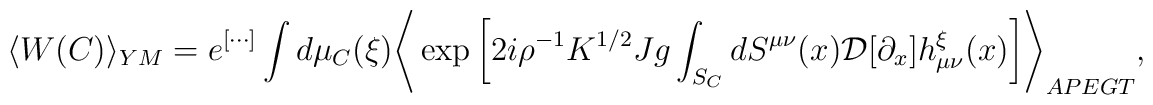
\langle W(C) \rangle_{YM} = e^{[\cdots]}\int d\mu_C(\xi) \Biggr\langle \exp \left[ 2i \rho^{-1} K^{1/2} Jg  \int_{S_C} dS^{\mu\nu}(x) {\cal D}[\partial_x] h_{\mu\nu}^\xi(x)  \right] \Biggr\rangle_{APEGT}  ,